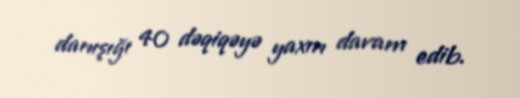
danışığı 40 dəqiqəyə yaxın davam edib.